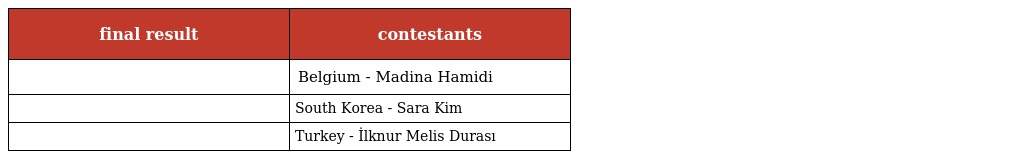
| final result | contestants |
 | --- | --- |
 |  | Belgium - Madina Hamidi |
 |  | South Korea - Sara Kim |
 |  | Turkey - İlknur Melis Durası |